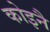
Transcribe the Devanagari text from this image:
कोइनै